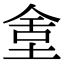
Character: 𡌫